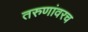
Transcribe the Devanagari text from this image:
तरुणांवरच